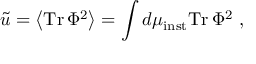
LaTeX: \tilde { u } = \left< \mathrm { T r } \, \Phi ^ { 2 } \right> = \int d \mu _ { \mathrm { i n s t } } \mathrm { T r } \, \Phi ^ { 2 } \ ,